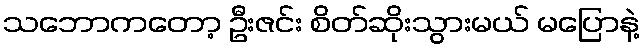
သဘောကတော့ ဦးဇင်း စိတ်ဆိုးသွားမယ် မပြောနဲ့